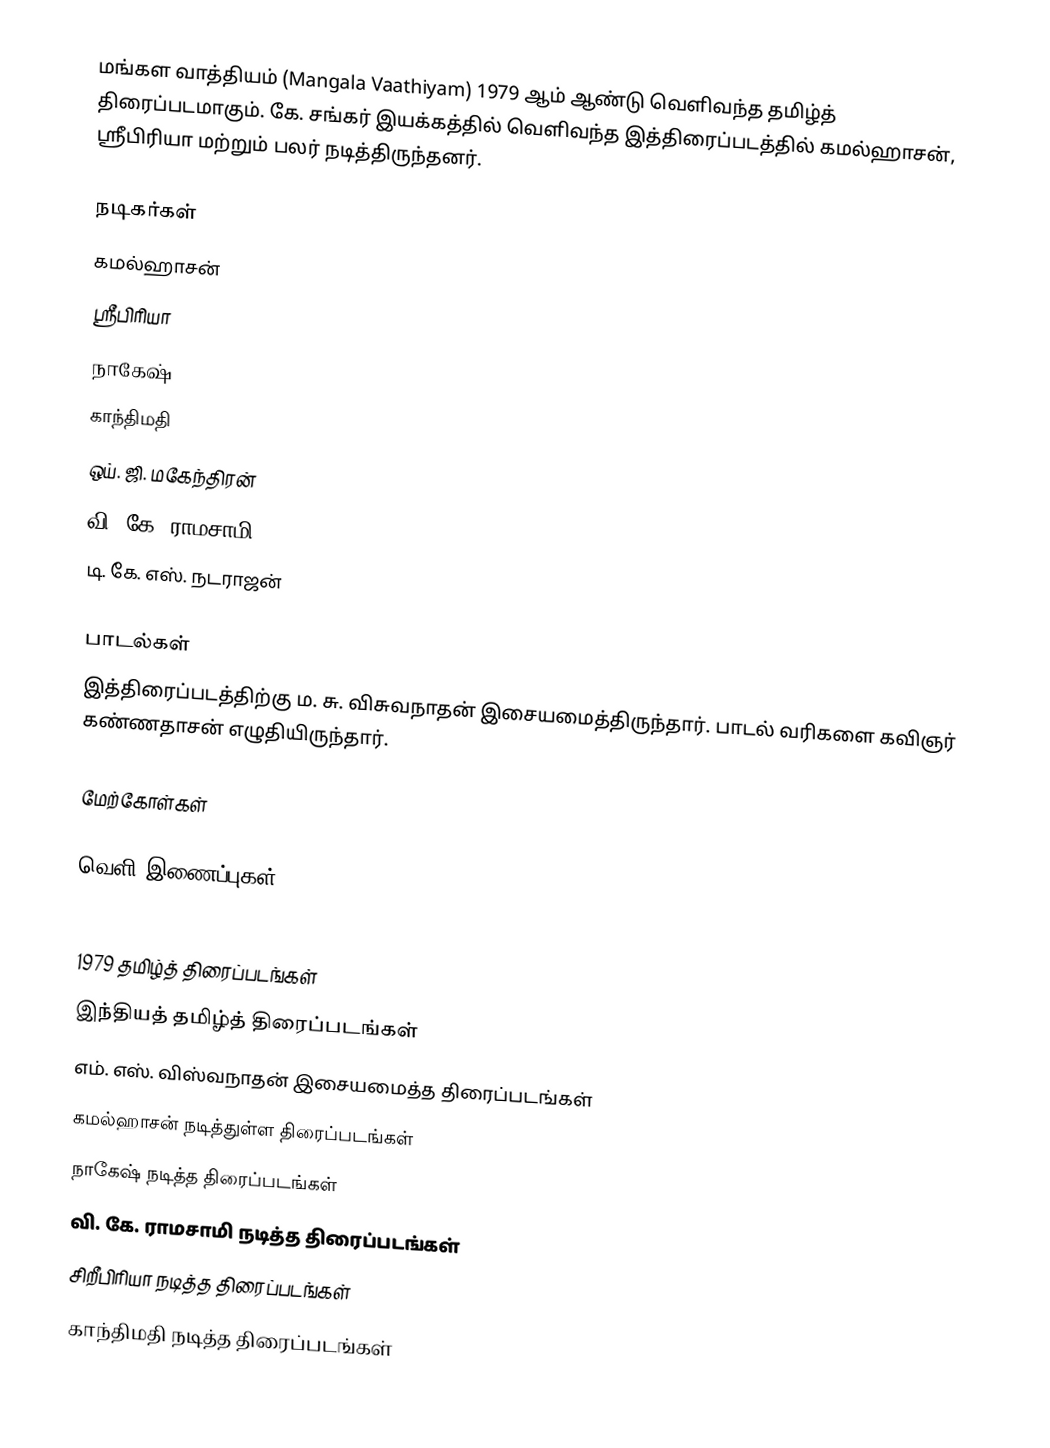
மங்கள வாத்தியம் (Mangala Vaathiyam) 1979 ஆம் ஆண்டு வெளிவந்த தமிழ்த் திரைப்படமாகும். கே. சங்கர் இயக்கத்தில் வெளிவந்த இத்திரைப்படத்தில் கமல்ஹாசன், ஸ்ரீபிரியா மற்றும் பலர் நடித்திருந்தனர்.

நடிகர்கள்
 கமல்ஹாசன்
 ஸ்ரீபிரியா
 நாகேஷ்
 காந்திமதி
 ஒய். ஜி. மகேந்திரன்
 வி. கே. ராமசாமி
டி. கே. எஸ். நடராஜன்

பாடல்கள்
இத்திரைப்படத்திற்கு ம. சு. விசுவநாதன் இசையமைத்திருந்தார். பாடல் வரிகளை கவிஞர் கண்ணதாசன் எழுதியிருந்தார்.

மேற்கோள்கள்

வெளி இணைப்புகள்

1979 தமிழ்த் திரைப்படங்கள்
இந்தியத் தமிழ்த் திரைப்படங்கள்
எம். எஸ். விஸ்வநாதன் இசையமைத்த திரைப்படங்கள்
கமல்ஹாசன் நடித்துள்ள திரைப்படங்கள்
நாகேஷ் நடித்த திரைப்படங்கள்
வி. கே. ராமசாமி நடித்த திரைப்படங்கள்
சிறீபிரியா நடித்த திரைப்படங்கள்
காந்திமதி நடித்த திரைப்படங்கள்